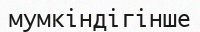
мумкіндігінше